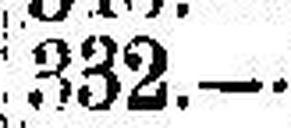
332.—